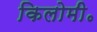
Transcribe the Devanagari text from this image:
किलोमी॰